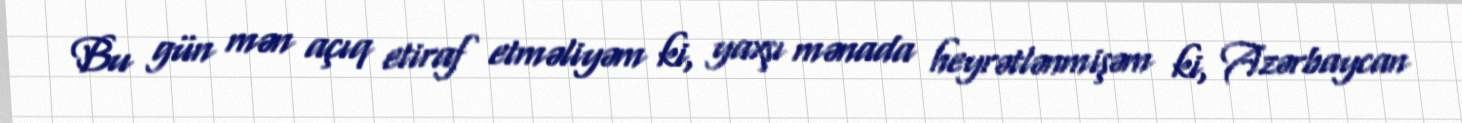
Bu gün mən açıq etiraf etməliyəm ki, yaxşı mənada heyrətlənmişəm ki, Azərbaycan